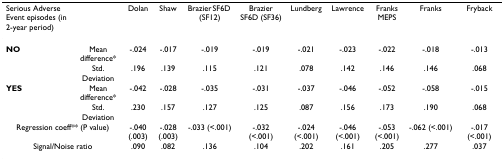
<table><thead><tr><td><b>Serious Adverse Event episodes (in 2-year period)</b></td><td></td><td><b>Dolan</b></td><td><b>Shaw</b></td><td><b>Brazier SF6D (SF12)</b></td><td><b>Brazier SF6D (SF36)</b></td><td><b>Lundberg</b></td><td><b>Lawrence</b></td><td><b>Franks MEPS</b></td><td><b>Franks</b></td><td><b>Fryback</b></td></tr></thead><tbody><tr><td><b>NO</b></td><td>Mean difference*</td><td>-.024</td><td>-.017</td><td>-.019</td><td>-.019</td><td>-.021</td><td>-.023</td><td>-.022</td><td>-.018</td><td>-.013</td></tr><tr><td></td><td>Std. Deviation</td><td>.196</td><td>.139</td><td>.115</td><td>.121</td><td>.078</td><td>.142</td><td>.146</td><td>.146</td><td>.068</td></tr><tr><td><b>YES</b></td><td>Mean difference*</td><td>-.042</td><td>-.028</td><td>-.035</td><td>-.031</td><td>-.037</td><td>-.046</td><td>-.052</td><td>-.058</td><td>-.015</td></tr><tr><td></td><td>Std. Deviation</td><td>.230</td><td>.157</td><td>.127</td><td>.125</td><td>.087</td><td>.156</td><td>.173</td><td>.190</td><td>.068</td></tr><tr><td colspan="2">Regression coeff** (P value)</td><td>-.040 (.003)</td><td>-.028 (.003)</td><td>-.033 (&lt;.001)</td><td>-.032 (&lt;.001)</td><td>-.024 (&lt;.001)</td><td>-.046 (&lt;.001)</td><td>-.053 (&lt;.001)</td><td>-.062 (&lt;.001)</td><td>-.017 (&lt;.001)</td></tr><tr><td colspan="2">Signal/Noise ratio</td><td>.090</td><td>.082</td><td>.136</td><td>.104</td><td>.202</td><td>.161</td><td>.205</td><td>.277</td><td>.037</td></tr></tbody></table>